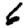
Digit: 6